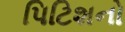
પિટિશનો